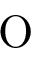
\mathrm { O }